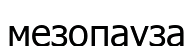
мезопауза